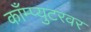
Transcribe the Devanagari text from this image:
काँम्प्युटरवर